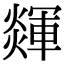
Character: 𤐕